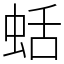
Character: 蛞